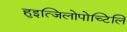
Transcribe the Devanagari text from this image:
हुइत्जिलोपोच्टिलि